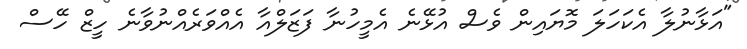
"އަޅާނުލާ އެކަހަލަ މޮޔައިން ވެސް އުޅޭނެ އެމީހުނާ ފަޒަލްއާ އެއްވަރެއްނުވާނެ ހީޒް ހޭސް